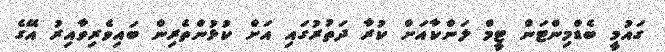
ގައުމީ ބެޑްމިންޓަން ޓީމް ލަންކާއަށް ކުރާ ދަތުރުގައި އަށް ކުޅުންތެރިން ބައިވެރިވާއިރު އޭގެ